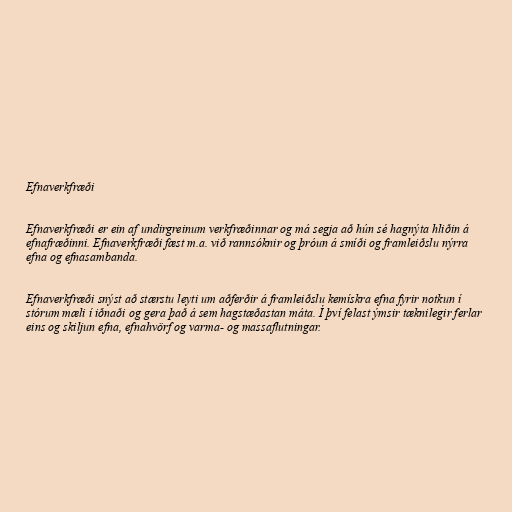
Efnaverkfræði

Efnaverkfræði er ein af undirgreinum verkfræðinnar og má segja að hún sé hagnýta hliðin á
efnafræðinni. Efnaverkfræði fæst m.a. við rannsóknir og þróun á smíði og framleiðslu nýrra
efna og efnasambanda.

Efnaverkfræði snýst að stærstu leyti um aðferðir á framleiðslu kemískra efna fyrir notkun í
stórum mæli í iðnaði og gera það á sem hagstæðastan máta. Í því felast ýmsir tæknilegir ferlar
eins og skiljun efna, efnahvörf og varma- og massaflutningar.